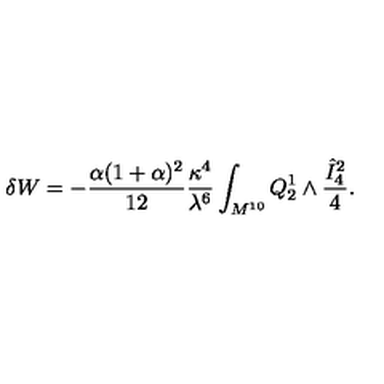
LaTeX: \delta W = - { \frac { \alpha ( 1 + \alpha ) ^ { 2 } } { 1 2 } } { \frac { \kappa ^ { 4 } } { \lambda ^ { 6 } } } \int _ { M ^ { 1 0 } } Q _ { 2 } ^ { 1 } \wedge { \frac { { \hat { I } _ { 4 } } ^ { 2 } } { 4 } } .